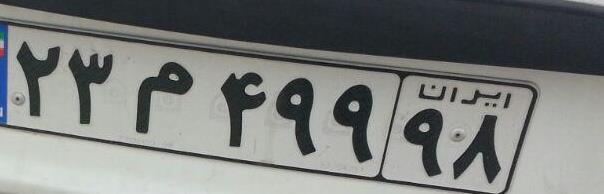
۲۳م۴۹۹۹۸